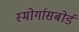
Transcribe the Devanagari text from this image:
स्मोर्गासबोर्ड